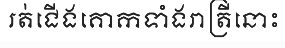
រត់ជើងគោកទាំងរាត្រីនោះ